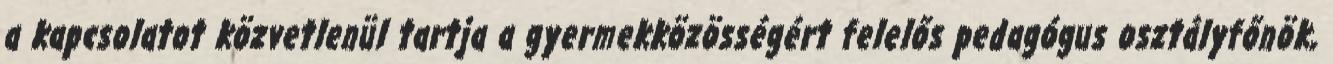
a kapcsolatot közvetlenül tartja a gyermekközösségért felelős pedagógus osztályfőnök,